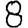
Digit: 8